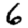
Digit: 6